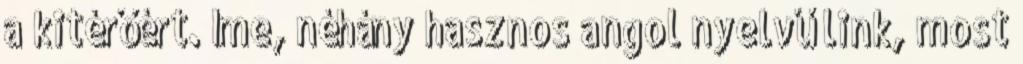
a kitérőért. Íme, néhány hasznos angol nyelvű link, most